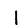
Digit: 1